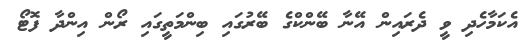
އެކަމާހެދި ވީ ދެރައިން އޭނާ ބޭންކްގެ ބޭރުގައި ބިންމަތީގައި ރޯން އިންދާ ފޮޓޯ